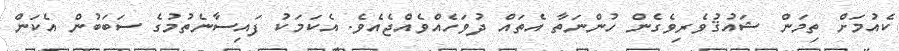
ކެއުމަށް ތިމަން ޝައުޤުވެރިވެގެން ހުންނަތާ އެތައް ދުވަހެއްވެއްޖެއެވެ. އެކަމަކު ފައިސާނެތުމުގެ ސަބަބުން އެކަން